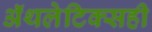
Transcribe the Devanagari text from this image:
ॲथलेटिक्सही